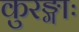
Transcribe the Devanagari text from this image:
कुरङ्गाः